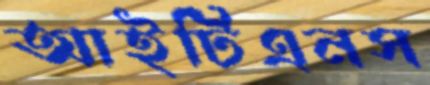
আইটিএনস